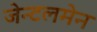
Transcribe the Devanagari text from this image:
जेन्टलमेन